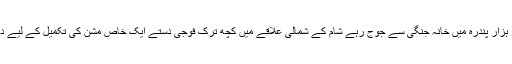
فروری دو ہزار پندرہ میں خانہ جنگی سے جوج رہے شام کے شمالی علاقے میں کچھ ترک فوجی دستے ایک خاص مشن کی تکمیل کے لیے داخل ہوئے۔